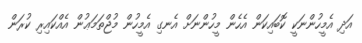
އަދި އެމީހުންނަކީ ކޮބައިކަން އެހެން މީހުންނަށް އެނގި އެމީހުން މުޖްތަމަޢުން އެއްކައިރި ކުރަން